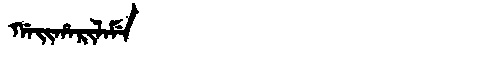
Manchu: ᡤᠠᡳᡥᠠᡵᡳᠯᠠᠮᡝ
Romanization: GAIHARILAME